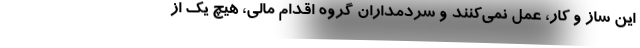
این ساز و کار، عمل نمی‌کنند و سردمداران گروه اقدام مالی، هیچ یک از